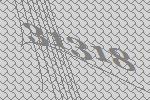
31318